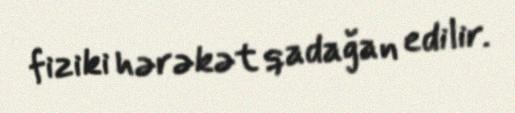
fiziki hərəkət qadağan edilir.